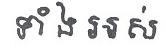
ទាំង អស់